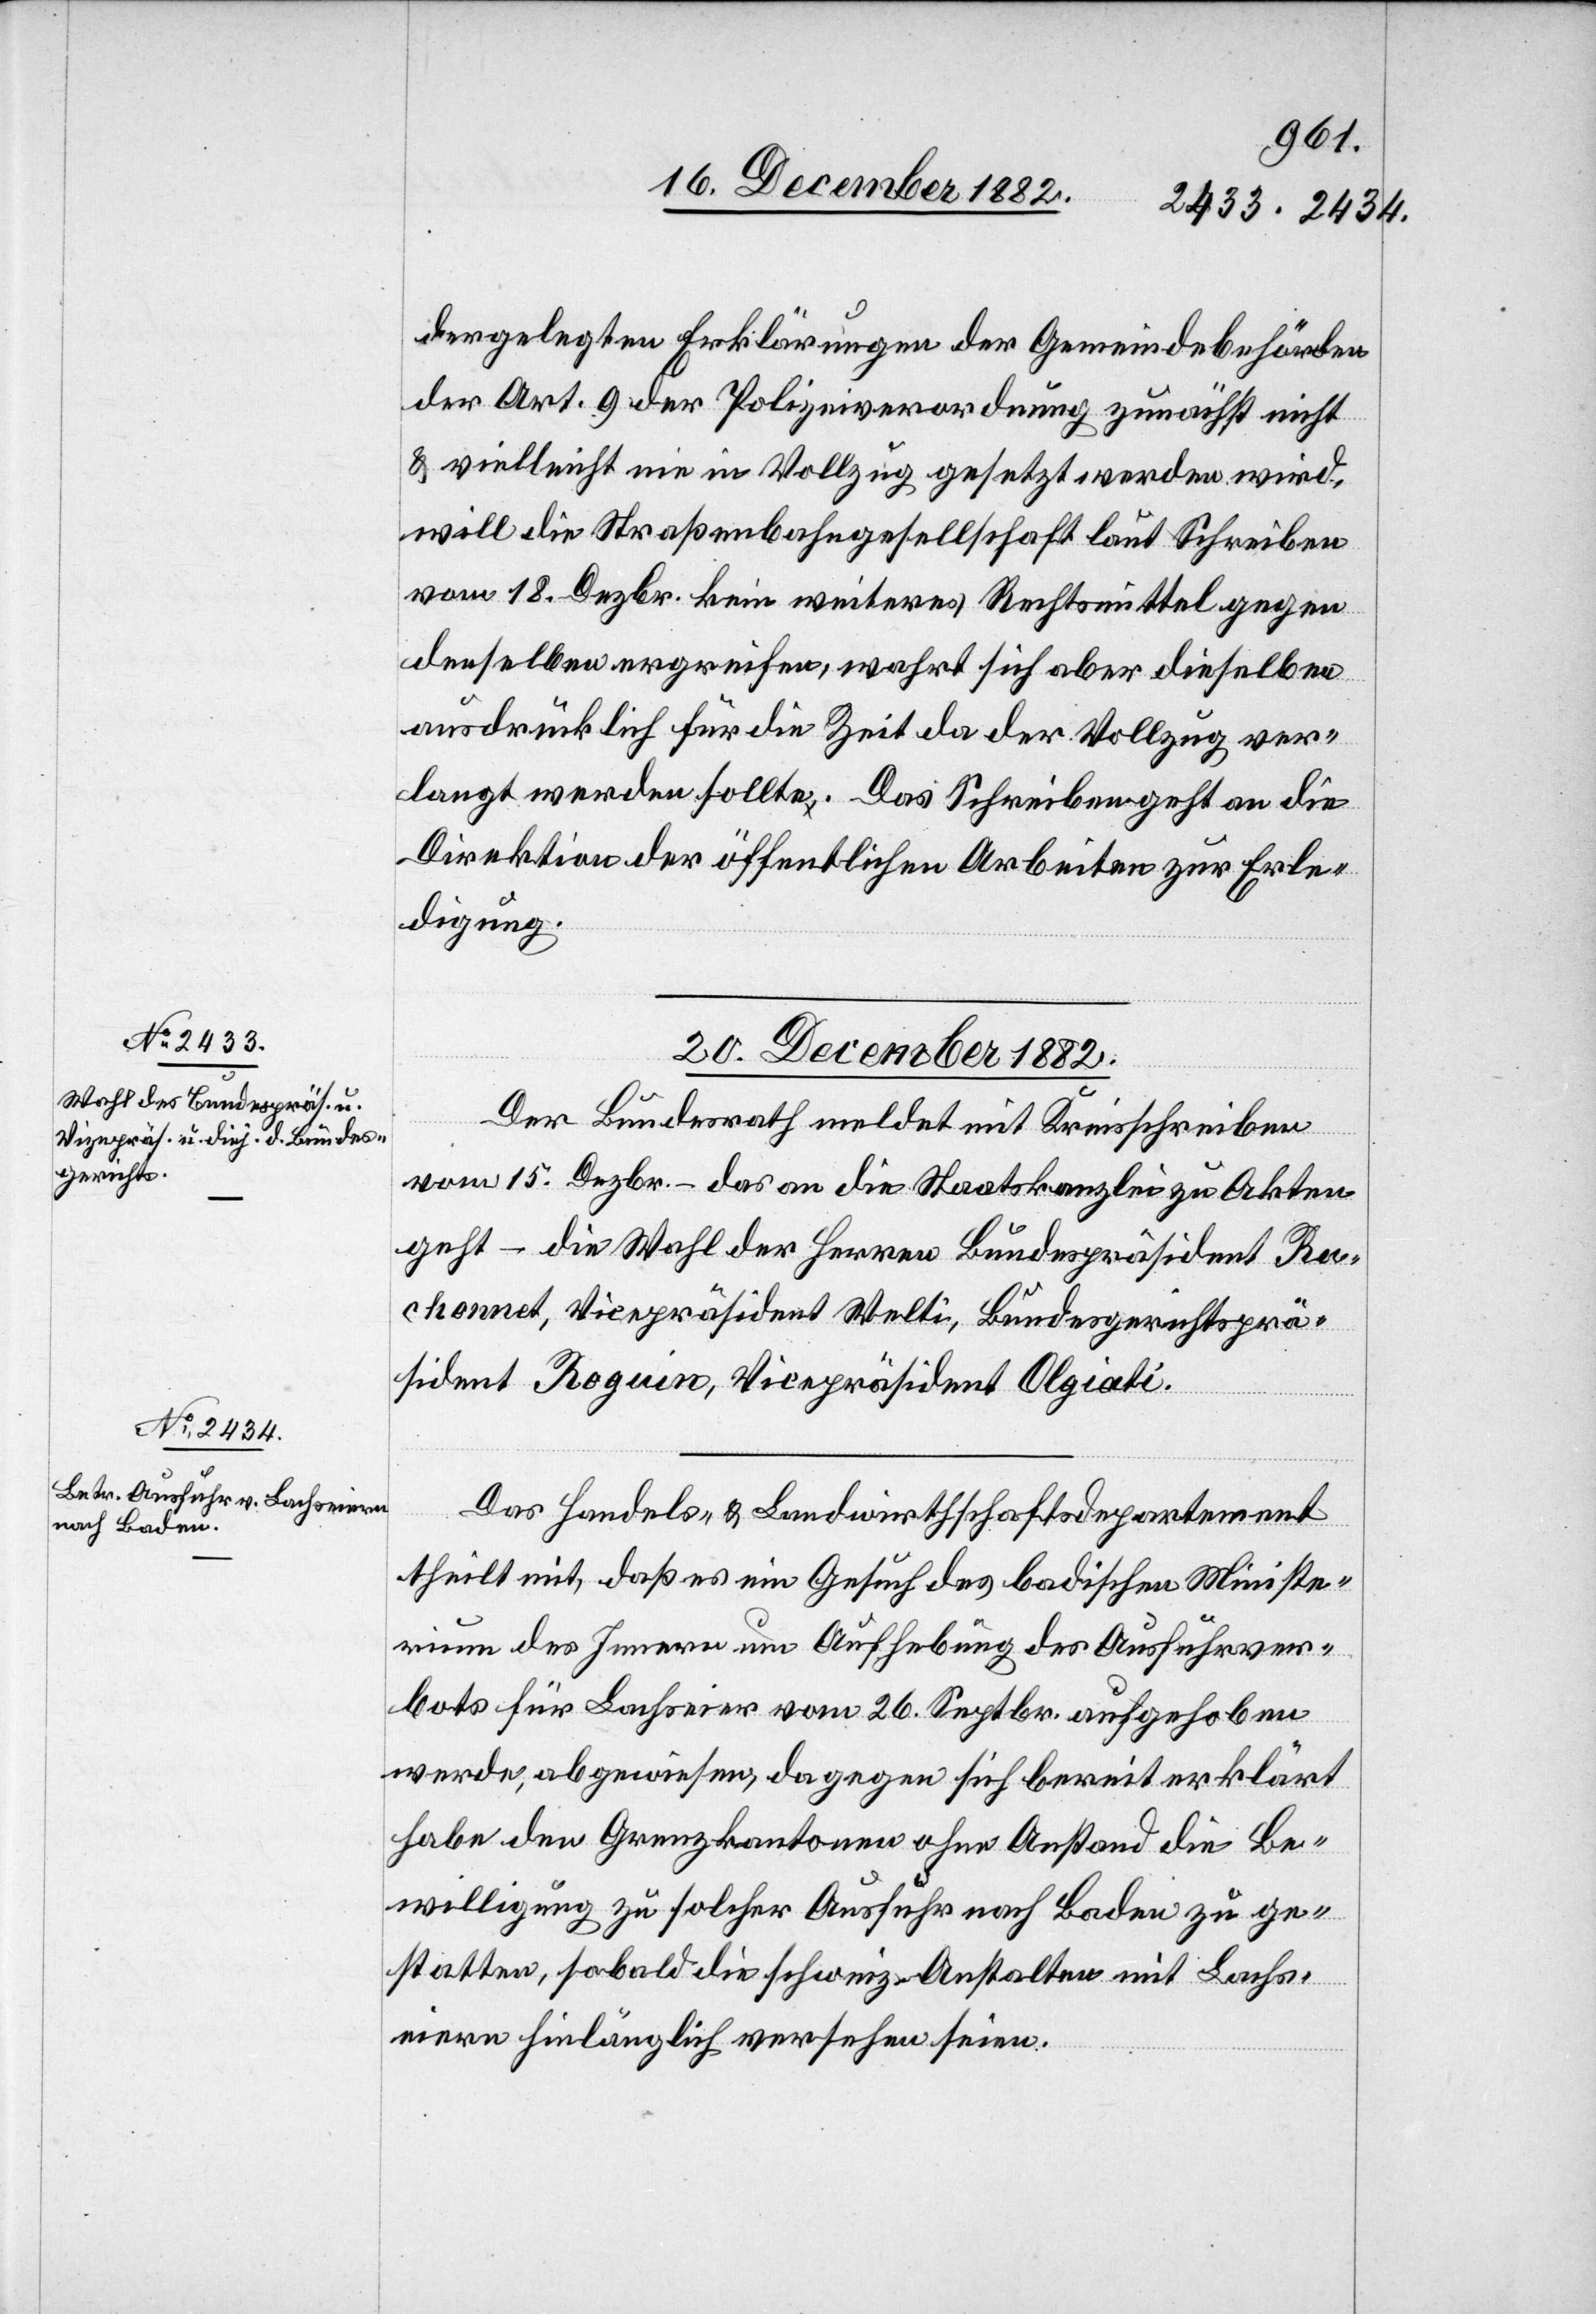
dergelegten Erklärungen der Gemeindebehörden
der Art. 9 der Polizeiverordnung zunächst nicht
& vielleicht nie in Vollzug gesetzt werden wird,
will die Straßenbahngesellschaft laut Schreiben
vom 18. Dezbr. kein weiteres Rechtmittel gegen
denselben ergreifen, wahrt sich aber dieselben
ausdrücklich für die Zeit da der Vollzug ver¬
langt werden sollte. Das Schreiben geht an die
Direktion der öffentlichen Arbeiten zur Erle¬
digung.
20. December 1882.]
Der Bundesrath meldet mit Kreisschreiben
vom 15. Dezbr. – das an die Staatskanzlei zu Akten
geht – die Wahl der Herren Bundespräsident Ra¬
chonnet, Vizepräsident Welti, Bundesgerichtsprä¬
sident Roguin, Vicepräsident Olgiati.
dagegen
Das Handels- & Landwirthschaftsdepartement
theilt mit, daß es ein Gesuch des badischen Ministe¬
rium des Innern um Aufhebung des Ausführungsver¬
bots für Lachseier vom 26. Septbr. aufgehoben
habe den Grenzkantonen ohne Anstand die Be¬
willigung zu solcher Ausfuhr nach Baden zu ge¬
statten, sobald die schweiz. Anstalten mit Lachs¬
eiern hinlänglich versehen seien.